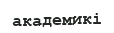
академикі